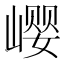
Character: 𪩎